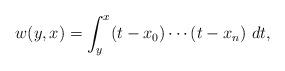
LaTeX: \begin{align*}w(y,x)=\int_{y}^{x}(t-x_0)\cdots(t-x_n)\ dt,\end{align*}